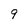
Character: 9